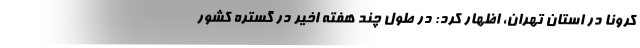
کرونا در استان تهران، اظهار کرد: در طول چند هفته اخیر در گستره کشور